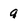
Character: 9